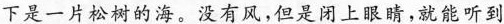
下是一片松树的海。没有风，但是闭上眼睛，就能听到